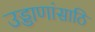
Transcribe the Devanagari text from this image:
उड्डाणांसाठि